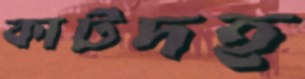
কাটদহ